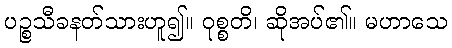
ပဉ္စသီခနတ်သားဟူ၍။ ဝုစ္စတိ၊ ဆိုအပ်၏။ မဟာသေ